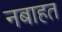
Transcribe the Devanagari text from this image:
नबाहत